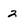
Character: 2